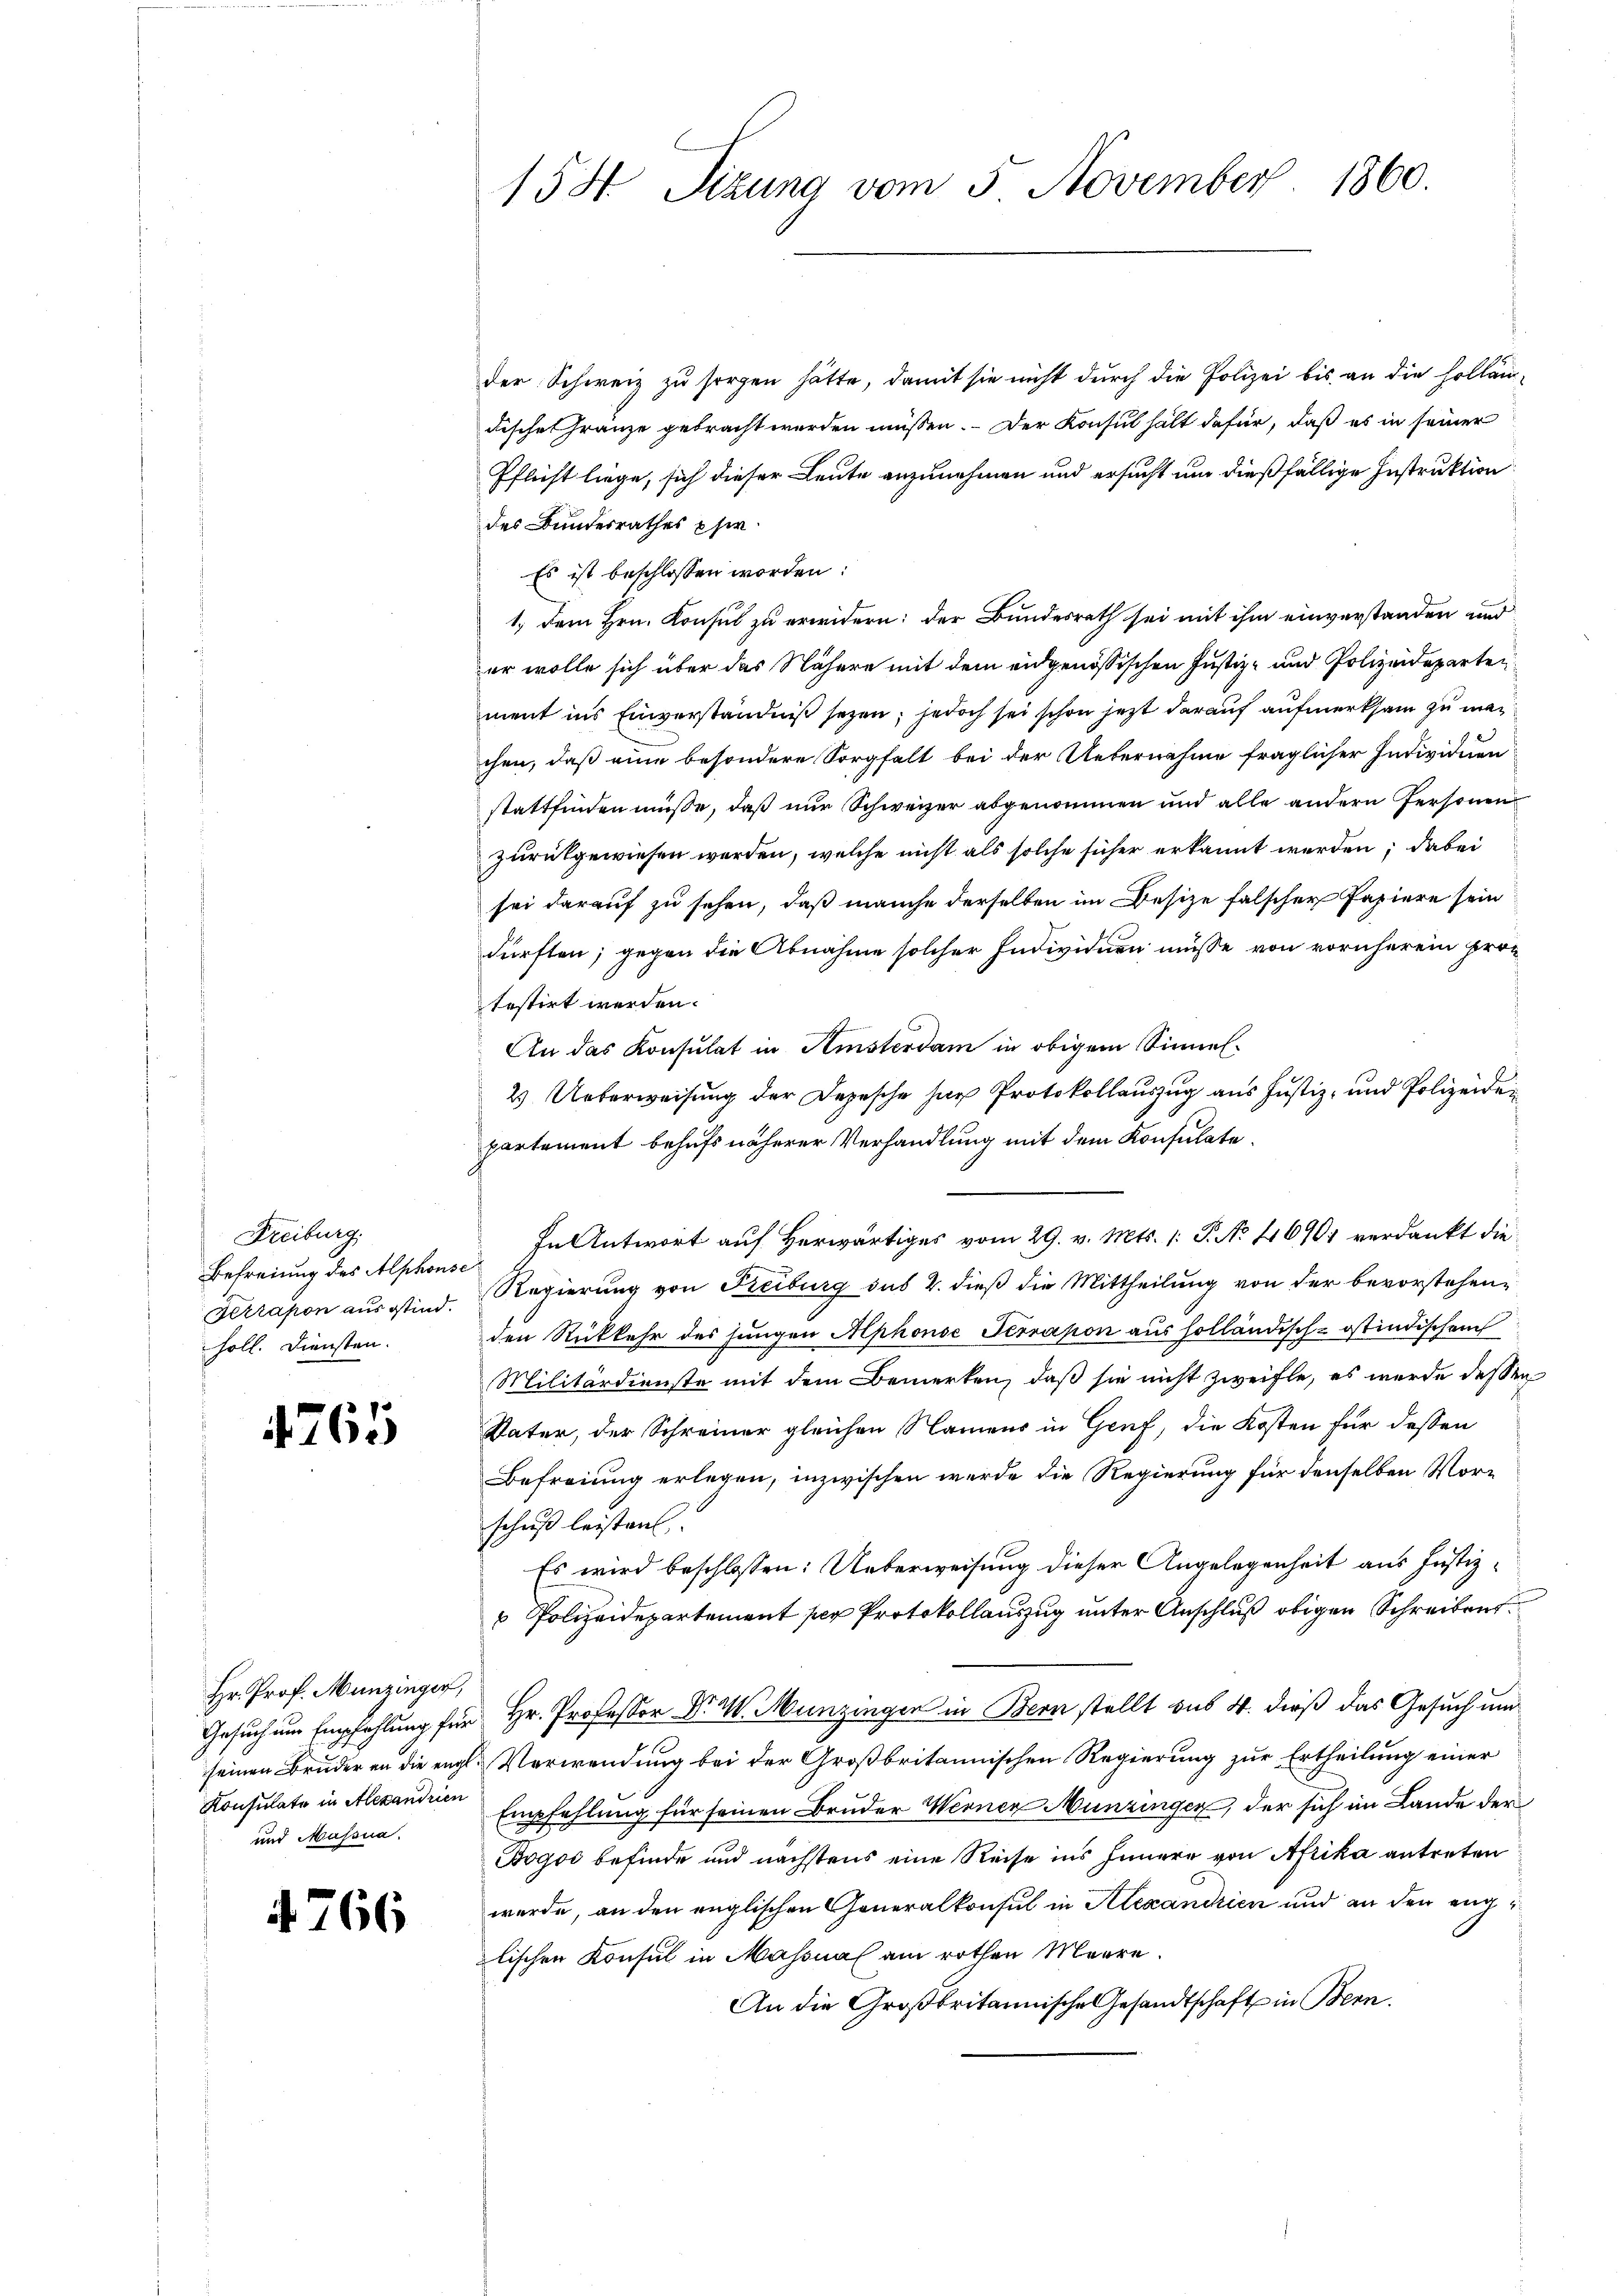
Freiburg.
Befreiung des Alphonse
höll. Diensten.

1765

Hr. Prof. Munzinger,
und Massna

4766

158. Sizung vom 5 November 1860.

der Schweiz zu sorgen hätte, damit sie nicht durch die Polizei bis an die Hollän¬
Fische Gränze gebracht werden müssen. Der Konsul hält dafür, daß es in seiner
Pflicht liege, sich dieser Leute anzunehmen und ersucht um dießfällige Instruktion
des Bundesrathes Eher
Es ist beschlossen worden:
1.) Dem Hrn. Konsul zu erwidern: der Bundesrath sei mit ihm einverstanden und
er wolle sich über das Nähere mit dem eidgenössischen Justiz- und Polizeideparten
ment ins Einverständniß seyen; jedoch sei schon jezt darauf aufmerksam zu machen, daß eine besondere Sorgfalt bei der Uebernahme fraglicher Individuen
stattfinden müsse, daß nur Schweizer abgenommen und alle andern Personen
zurückgewiesen werden, welche nicht als solche sicher erkannt werden; dabei
sei darauf zu sehen, daß manche derselben im Besize falscher Papiere sein
dürften; gegen die Abnahme solcher Individuen müsse von vornherein protestirt werden.
An das Konsulat in Amsterdam in obigem Sinne¬
2 Ueberweisung der Depesche har Protokollauszug aus Justiz- und Polizeiden
partement behufs näherer Verhandlung mit dem Konsulate.
In Antwort auf herwärtiges vom 29. v. Mts. 1. P. No 416901 verdankt die¬
Terrapon aus sind. Regierung von Freiburg das 2. dieß die Mittheilung von der bevorstehenden Rückkehr des jungen Alphonse Terrapon aus holländisch-östindischen
Militärdienste mit dem Bemerken, daß sie nicht zweifle, es wurde dessen
Vater, der Schreiner gleichen Namens in Genf, die Kosten für dessen
Befreiung erlegen, inzwischen werde die Regierung für denselben Morschniß leisten,
Es wird beschlossen: Ueberweisung dieser Angelegenheit aus Justiz¬
 Polizeidepartement per Protokollauszug unter Anschluß obigen Schreibens
Gesuch um Empfehlung für Hr. Professor Dr. W. Munzingen in Bern stellt aus 4. dieß das Gesuch um
seinen Bruder an die engl. Verwendung bei der Großbritannischen Regierung zur Ertheilung einer
Konsulate in Alexanderen Empfehlung für seinen Bruder Werner Munzinger, der sich im Lande der
Bogoi befinde und nächstens eine Reise ins Innern von Afrika antreten
werde, an den englischen Generalkonsul in Alexandrien und an den englischen Konsul in Masonal am rothen Meere.
An die Großbritannische Gesandtschaft in Bern.